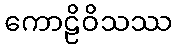
ကောဠိဝိသဿ